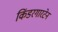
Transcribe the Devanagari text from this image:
किंडरगारटेन